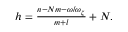
\begin{array} { r } { h = \frac { n - N m - \omega / \omega _ { \zeta } } { m + l } + N . } \end{array}